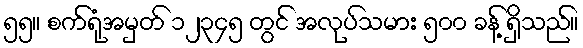
၅၅။ စက်ရုံအမှတ် ၁၂၃၄၅ တွင် အလုပ်သမား ၅၀၀ ခန့် ရှိသည်။